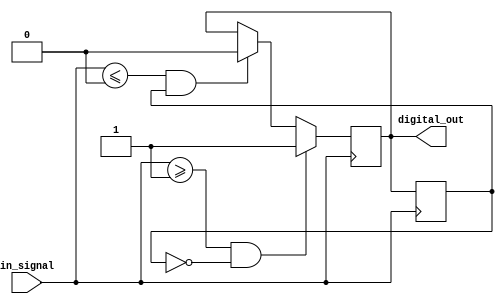
module schmitt_trigger_buffer (
    input wire in_signal,
    output reg digital_out
);

reg previous_out;

parameter threshold_high = 1;
parameter threshold_low = 0;

always @ (posedge in_signal)
begin
    if (in_signal >= threshold_high && previous_out == 0)
        digital_out <= 1;
    else if (in_signal <= threshold_low && previous_out == 1)
        digital_out <= 0;
    previous_out <= digital_out;
end

endmodule